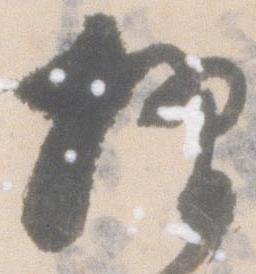
摺